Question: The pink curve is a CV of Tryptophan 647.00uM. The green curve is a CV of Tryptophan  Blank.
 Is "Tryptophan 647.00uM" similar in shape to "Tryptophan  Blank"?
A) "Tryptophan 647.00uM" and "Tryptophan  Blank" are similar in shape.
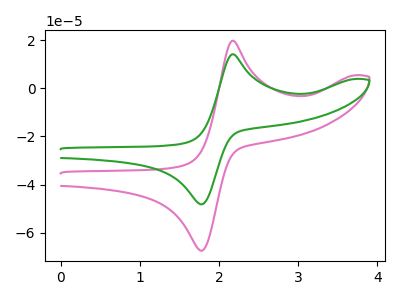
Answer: <think>The pink curve "Tryptophan 647.00uM" has an anodic peak at (2.20V, 19.70uA) and a cathodic peak at (1.75V, -67.35uA). The green curve "Tryptophan  Blank" has an anodic peak at (2.20V, 14.10uA) and a cathodic peak at (1.75V, -48.15uA).
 All the peaks in "Tryptophan 647.00uM" have a peak in "Tryptophan  Blank" at the same potential. Every peak in "Tryptophan 647.00uM" is higher than every peak in "Tryptophan  Blank".</think>
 <answer>A) "Tryptophan 647.00uM" and "Tryptophan  Blank" are similar in shape.</answer>
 <eval>A</eval>